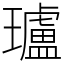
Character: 瓐